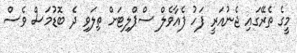
މީގެ ތެރޭގައި ޖެނުއަރީ ފަހު ފެއާވެލް ސްޕްލިޓަށް ތިލަވި ދެ ބޮޑުމަސް ވެސް